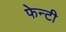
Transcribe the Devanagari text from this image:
फेन्टी